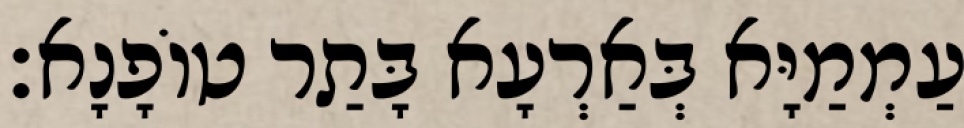
עַמְמַיָּא בְּאַרְעָא בָּתַר טוֹפָנָא׃